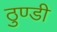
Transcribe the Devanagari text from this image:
ठुण्डी